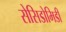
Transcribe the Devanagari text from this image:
सेसिडोमिडी